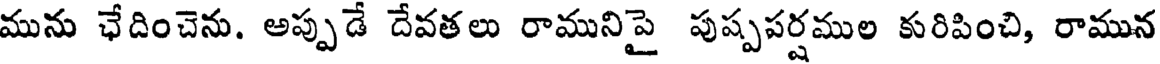
మును ఛేదించెను. అప్పుడే దేవతలు రామునిపై పుష్పపర్షముల కురిపించి, రామున